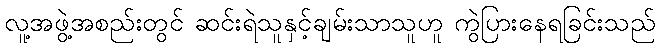
လူ့အဖွဲ့အစည်းတွင် ဆင်းရဲသူနှင့်ချမ်းသာသူဟူ ကွဲပြားနေရခြင်းသည်